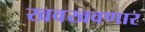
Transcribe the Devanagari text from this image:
खवखवणार